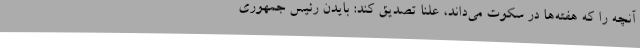
آنچه را که هفته‌ها در سکوت می‌داند، علناً تصدیق کند: بایدن رئیس جمهوری